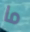
ما